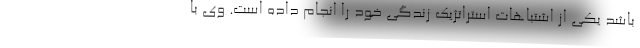
باشد یکی از اشتباهات استراتژیک زندگی خود را انجام داده است. وی با